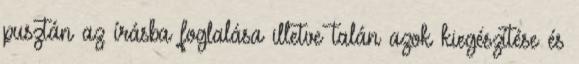
pusztán az írásba foglalása illetve talán azok kiegészítése és